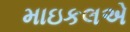
માઇકલએ